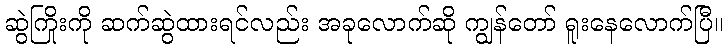
ဆွဲကြိုးကို ဆက်ဆွဲထားရင်လည်း အခုလောက်ဆို ကျွန်တော် ရူးနေလောက်ပြီ။